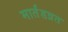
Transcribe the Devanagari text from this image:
मार्तंडव्रत